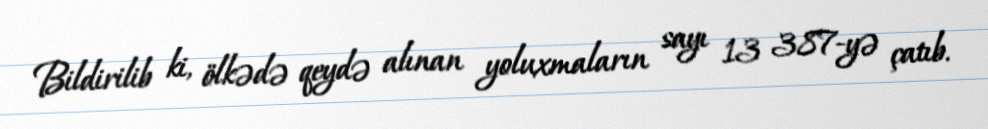
Bildirilib ki, ölkədə qeydə alınan yoluxmaların sayı 13 387-yə çatıb.